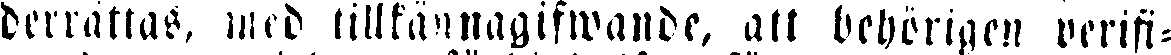
derrättas, med tillkännagifwande, att behöringen verifi-